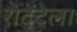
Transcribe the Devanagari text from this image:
रोदेंदेला